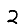
Digit: 2